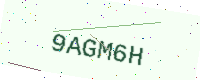
Text: 9AGM6H